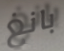
بانغ